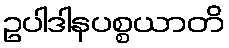
ဥပါဒါနပစ္စယာတိ